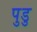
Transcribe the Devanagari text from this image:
पुडु